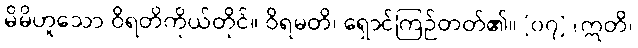
မိမိဟူသော ဝိရတိကိုယ်တိုင်။ ဝိရမတိ၊ ရှောင်ကြဉ်တတ်၏။ [၀၇] (ဣတိ၊